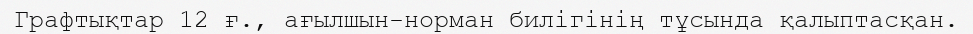
Графтықтар 12 ғ., ағылшын-норман билігінің тұсында қалыптасқан.